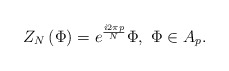
\begin{align*}Z_{N}\left( \Phi \right) =e^{\frac{i2\pi p}{N}}\Phi ,\,\,\Phi \in A_{p}.\end{align*}